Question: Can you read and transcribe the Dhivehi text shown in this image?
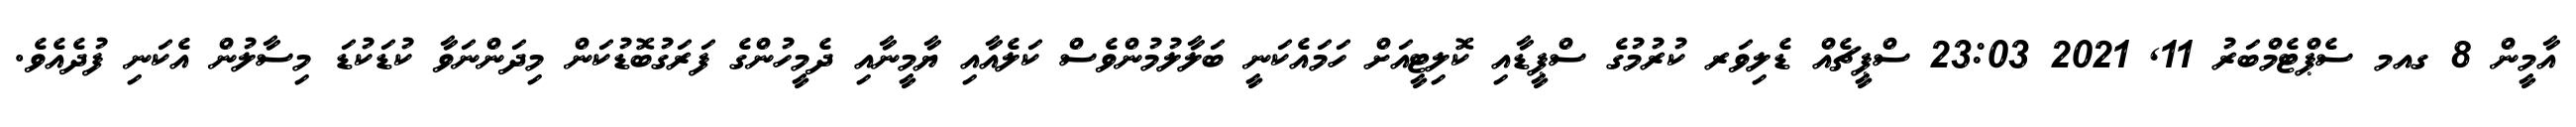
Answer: އާމީން 8 ގއމ ސެޕްޓެމްބަރު 11, 2021 23:03 ސްޕީޗެއް ޑެލިވަރ ކުރުމުގެ ސްޕީޑާއި ކޮލިޓީއަށް ހަމައެކަނީ ބަލާލުމުންވެސް ކަލެއާއި ޔާމީނާއި ދެމީހުންގެ ފަރަގުބޮޑުކަން މިދަންނަވާ ކުޑަކުޑަ މިސާލުން އެކަނި ފުދެއެވެ.